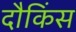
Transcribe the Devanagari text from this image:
दौकिंस